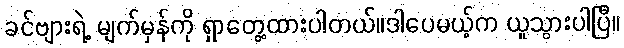
ခင်ဗျားရဲ့ မျက်မှန်ကို ရှာတွေ့ထားပါတယ်။ဒါပေမယ့်က ယူသွားပါပြီ။